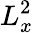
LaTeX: L_{x}^{2}